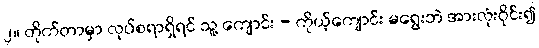
၂။ တိုက်တာမှာ လုပ်စရာရှိရင် သူ့ ကျောင်း - ကိုယ့်ကျောင်း မရွေးဘဲ အားလုံးဝိုင်း၍